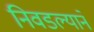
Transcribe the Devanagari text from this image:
निवडल्याने